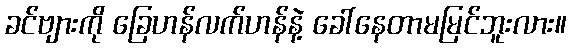
ခင်ဗျားကို ခြေဟန်လက်ဟန်နဲ့ ခေါ်နေတာမမြင်ဘူးလား။